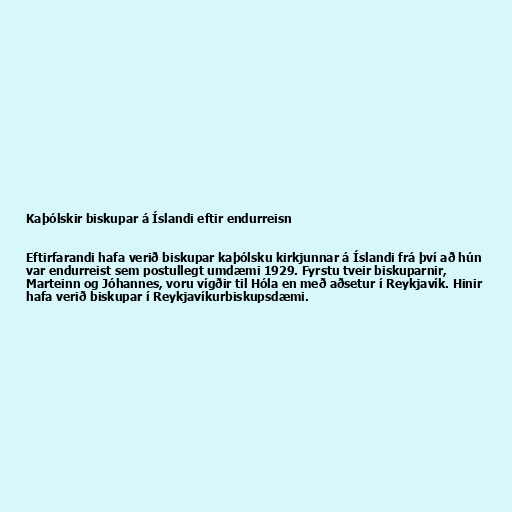
Kaþólskir biskupar á Íslandi eftir endurreisn

Eftirfarandi hafa verið biskupar kaþólsku kirkjunnar á Íslandi frá því að hún
var endurreist sem postullegt umdæmi 1929. Fyrstu tveir biskuparnir,
Marteinn og Jóhannes, voru vígðir til Hóla en með aðsetur í Reykjavík. Hinir
hafa verið biskupar í Reykjavíkurbiskupsdæmi.